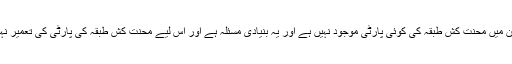
لیکن پاکستان میں محنت کش طبقہ کی کوئی پارٹی موجود نہیں ہے اور یہ بنیادی مسئلہ ہے اور اس لیے محنت کش طبقہ کی پارٹی کی تعمیر نہایت اہم ہے۔